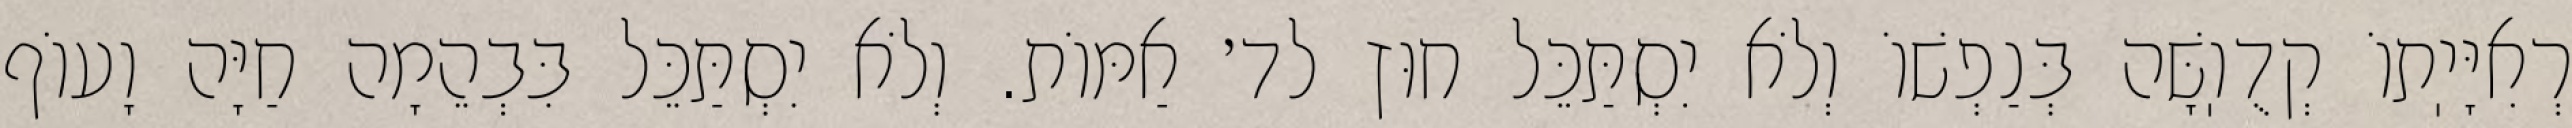
רְאִיָּיֽתוֹ קְדֻוֽשָּׁה בְּנַפְשׁוֹ וְלֹא יִסְתַּכֵּל חוּץ לד׳ אַמּוֹת. וְלֹא יִסְתַּכֵּל בִּבְהֵמָה חַיָּה וָעוֹף